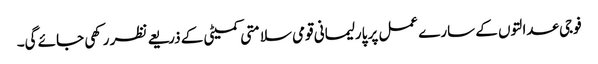
فوجی عدالتوں کے سارے عمل پر پارلیمانی قومی سلامتی کمیٹی کے ذریعے نظر رکھی جائے گی۔